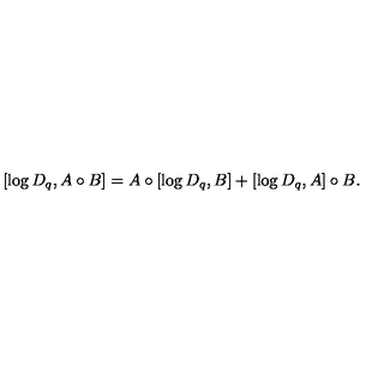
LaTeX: [ \log D _ { q } , A \circ B ] = A \circ [ \log D _ { q } , B ] + [ \log D _ { q } , A ] \circ B .